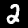
Label: 2